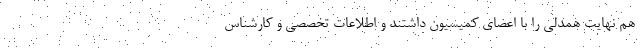
هم نهایت همدلی را با اعضای کمیسیون داشتند و اطلاعات تخصصی و کارشناس